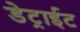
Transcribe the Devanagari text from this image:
डेट्राईट